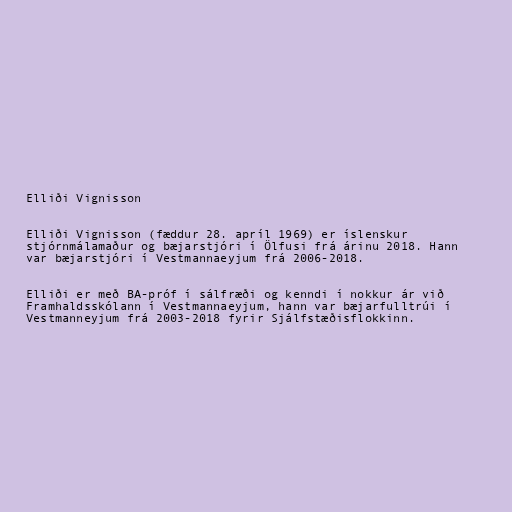
Elliði Vignisson

Elliði Vignisson (fæddur 28. apríl 1969) er íslenskur
stjórnmálamaður og bæjarstjóri í Ölfusi frá árinu 2018. Hann
var bæjarstjóri í Vestmannaeyjum frá 2006-2018.

Elliði er með BA-próf í sálfræði og kenndi í nokkur ár við
Framhaldsskólann í Vestmannaeyjum, hann var bæjarfulltrúi í
Vestmanneyjum frá 2003-2018 fyrir Sjálfstæðisflokkinn.